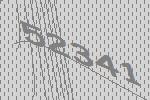
52341